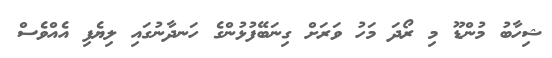
ޝިހާބު މުންޑޫ މި ރޯދަ މަހު ވަރަށް ގިނަބޭފުޅުންގެ ހަނދާނުގައި ލިޔެފި އެއްވެސް